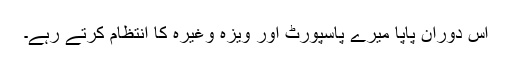
اس دوران پاپا میرے پاسپورٹ اور ویزہ وغیرہ کا انتظام کرتے رہے۔